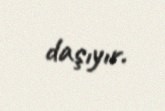
daşıyır.